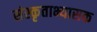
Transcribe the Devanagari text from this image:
संस्कृताभ्यासक